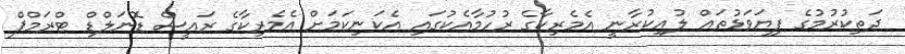
ދަތިކުރުމުގެ ފިޔަވަޅުތައް ލުއިކުރާނީ އެމެރިކާގެ ރުހުމާއެކުގައި އެކަނިކަމަށް އެމެރިކާގެ ރައީސް ޑޮނަލްޑް ޓްރަމްޕް